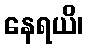
နေရယိ၊